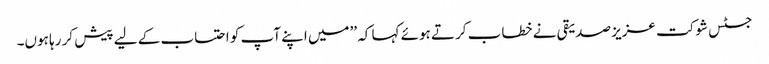
جسٹس شوکت عزیز صدیقی نے خطاب کرتے ہوئے کہا کہ ’’میں اپنے آپ کو احتساب کے لیے پیش کر رہا ہوں۔